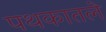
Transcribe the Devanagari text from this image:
पथकातले